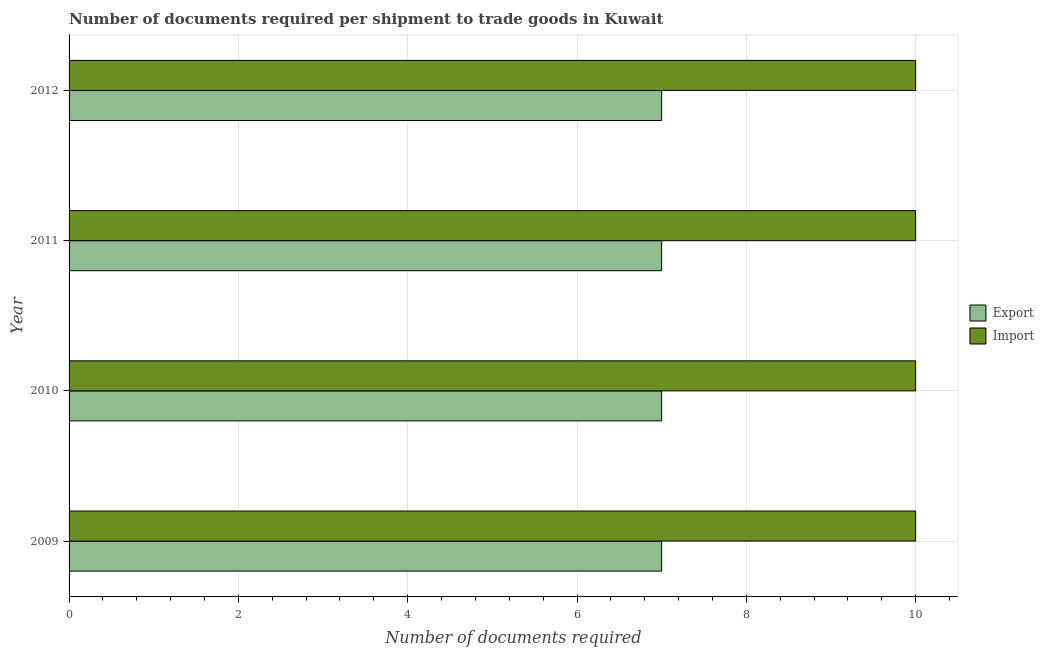
| Year | Export | Import |
 | --- | --- | --- |
 | 2009 | 7 | 10 |
 | 2010 | 7 | 10 |
 | 2011 | 7 | 10 |
 | 2012 | 7 | 10 |